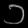
Digit: ၁